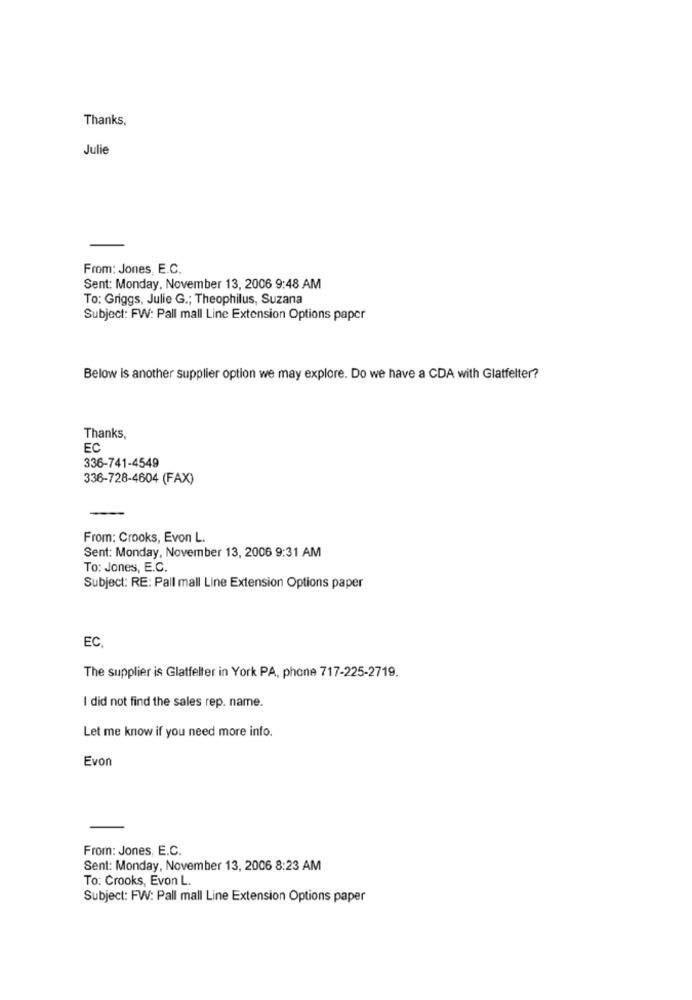
Thanks,
Julie
From: Jones, E.C.
Sent: Monday, November 13, 2006 9:48 AM
To: Griggs, Julie G .; Theophilus, Suzana
Subject: FW: Pall mall Line Extension Options paper
Below is another supplier option we may explore. Do we have a CDA with Glatfelter?
Thanks,
EC
336-741-4549
336-728-4604 (FAX)
From: Crooks, Evon L.
Sent: Monday, November 13, 2006 9:31 AM
To: Jones, E.C.
Subject: RE: Pall mall Line Extension Options paper
EC.
The supplier is Glatfelter in York PA, phone 717-225-2719.
I did not find the sales rep. name.
Let me know if you need more info.
Evon
From: Jones, E.C.
Sent: Monday, November 13, 2006 8:23 AM
To: Crooks, Evon L.
Subject: FW: Pall mall Line Extension Options paper